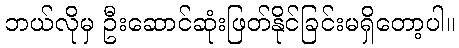
ဘယ်လိုမှ ဦးဆောင်ဆုံးဖြတ်နိုင်ခြင်းမရှိတော့ပါ။